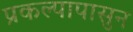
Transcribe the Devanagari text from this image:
प्रकल्पापासुन